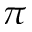
\pi